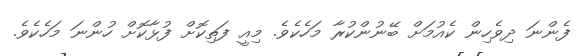
ފެންނަ ދިވެހިން ކެއުމަށް ބޭނުންކުރާ މަހެކެވެ. މިއީ ފަތިކޮށް ފުޅާކޮށް ހުންނަ މަހެކެވެ.